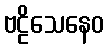
ဗဠိသေနေဝ